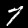
Digit: 7